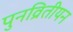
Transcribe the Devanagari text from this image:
पुनव्रितीयन